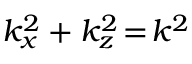
k _ { x } ^ { 2 } + k _ { z } ^ { 2 } \! = \! k ^ { 2 }